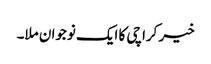
خیر کراچی کا ایک نوجوان ملا۔